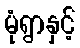
မုံရွာနှင့်